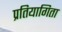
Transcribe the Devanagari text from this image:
प्रतियागिता